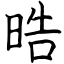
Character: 晧